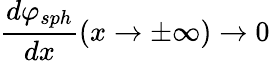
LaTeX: \frac{d\varphi_{sph}}{dx}(x\rightarrow\pm\infty)\rightarrow 0